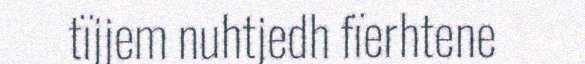
tïjjem nuhtjedh fïerhtene